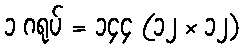
၁ ဂရုပ် = ၁၄၄ (၁၂ × ၁၂)